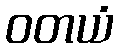
ဝတယံ